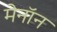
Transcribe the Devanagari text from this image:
मेनॉन